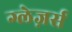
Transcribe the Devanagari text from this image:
ग्लेज़र्स